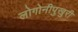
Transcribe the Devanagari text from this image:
लोगोनीपुखुरी